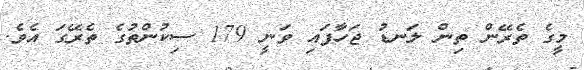
މީގެ ތެރޭން ތިން ލަނޑު ޖަހާފައި ވަނީ 179 ސިކުންތުގެ ތެރޭގަ އެވެ.